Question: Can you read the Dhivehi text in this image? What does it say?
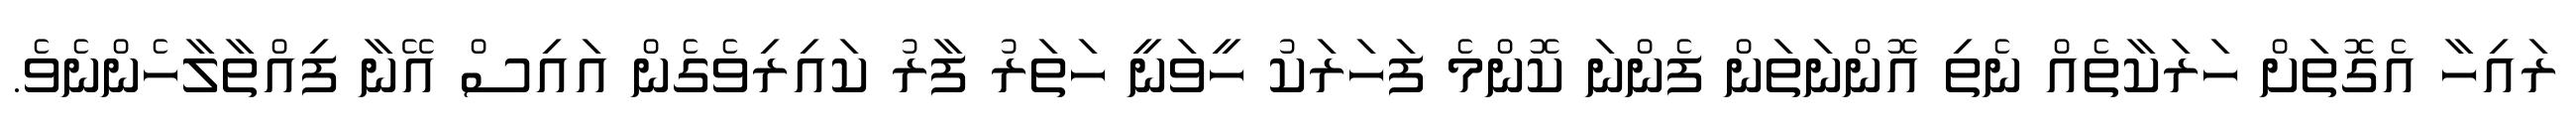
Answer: ރައިހާ އެގޮތަށް ހަރަކާތެއް ނެތި އޮންނަތަން ފެންނަ ކޮންމެ ފަހަރަކު ހީވަނީ ހަތަރު ފާރު ކައިރިވެގެން އައިސް އޭނާ ފިއްތާލާހެންނެވެ.